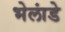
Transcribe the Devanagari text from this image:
भेलांडे